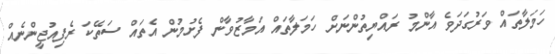
ހަމަލާތައް ވަރުގަދަވެ އާންމު ރައްޔިތުންނަށް ހަމަލާތައް އަމާޒުވާން ފެށުމުން އެތައް ސަތޭކަ ރެފިއުޖީންނެއް